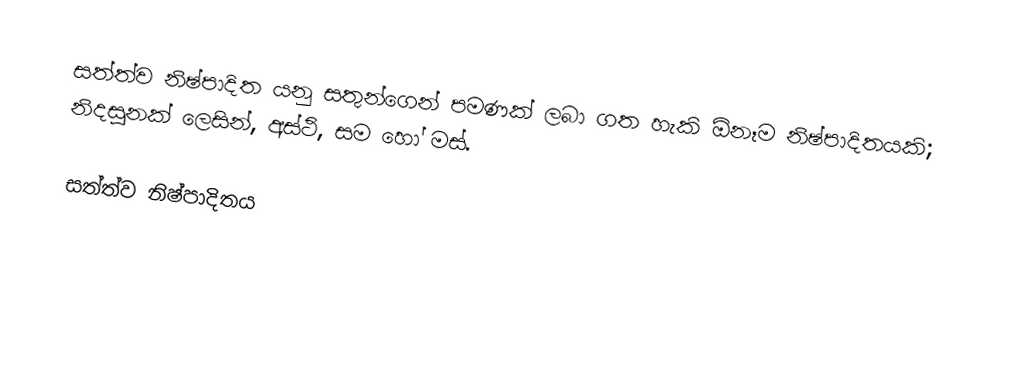
සත්ත්ව නිෂ්පාදිත යනු සතුන්ගෙන් පමණක් ලබා ගත හැකි ඕනෑම නිෂ්පාදිතයකි; නිදසුනක් ලෙසින්, අස්ථි, සම හෝ මස්.

සත්ත්ව නිෂ්පාදිතය